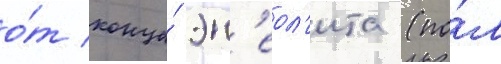
о́т конца́ эн'еол'ита (по́л